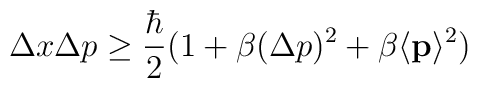
\Delta x \Delta p \ge \frac{\hbar}{2} (1+\beta (\Delta p)^2 + \beta \langle {\bf{p}} \rangle^2)